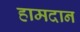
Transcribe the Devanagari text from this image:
हामदान